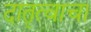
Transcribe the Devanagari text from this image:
दातृत्वाचा